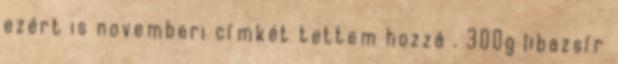
ezért is novemberi címkét tettem hozzá . 300g libazsír